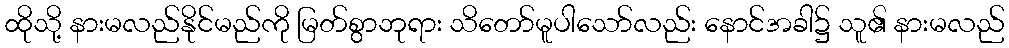
ထိုသို့ နားမလည်နိုင်မည်ကို မြတ်စွာဘုရား သိတော်မူပါသော်လည်း နောင်အခါ၌ သူ၏ နားမလည်